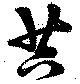
苔